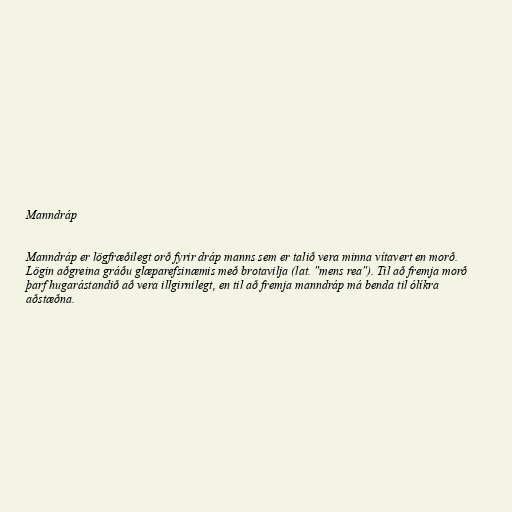
Manndráp

Manndráp er lögfræðilegt orð fyrir dráp manns sem er talið vera minna vítavert en morð.
Lögin aðgreina gráðu glæparefsinæmis með brotavilja (lat. "mens rea"). Til að fremja morð
þarf hugarástandið að vera illgirnilegt, en til að fremja manndráp má benda til ólíkra
aðstæðna.